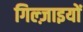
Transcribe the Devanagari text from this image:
गिल्ज़ाइयों